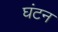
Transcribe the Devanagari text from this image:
घंटन